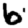
Digit: 6